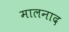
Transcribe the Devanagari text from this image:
मालनाद